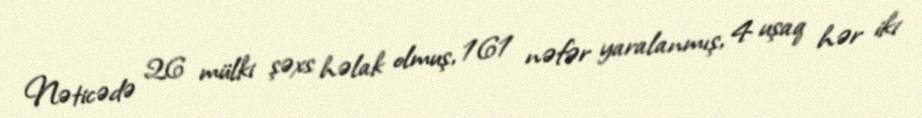
Nəticədə 26 mülki şəxs həlak olmuş, 161 nəfər yaralanmış, 4 uşaq hər iki